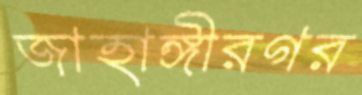
জাহাঙ্গীরগর